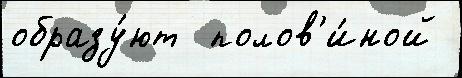
образу́ют  полов'и́ной